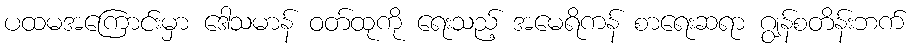
ပထမအကြောင်းမှာ ဒေါသမာန် ဝတ်ထုကို ရေးသည့် အမေရိကန် စာရေးဆရာ ဂျွန်စတိန်းဘက်